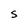
Character: s